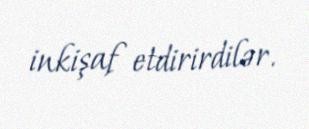
inkişaf etdirirdilər.